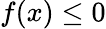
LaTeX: f(x)\leq 0